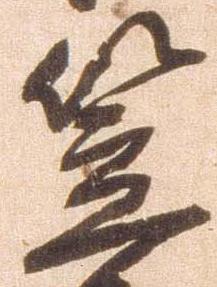
笠